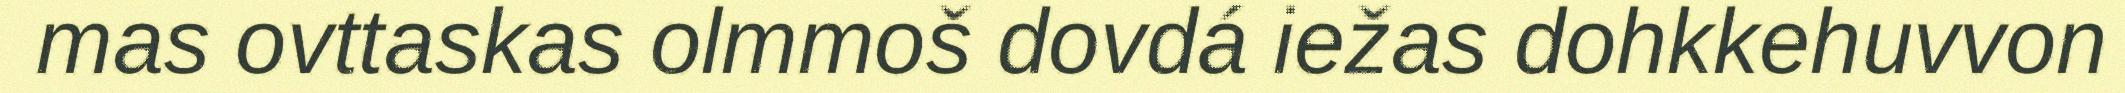
mas ovttaskas olmmoš dovdá iežas dohkkehuvvon